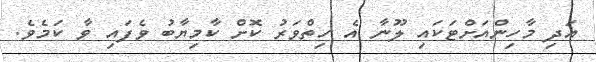
އަދި މާހިންއަށްޓަކައި ލޫނާ އެ ހިތްވަރު ކޮށް ކާމިޔާބު ވެފައި ވާ ކަމެވެ.